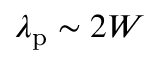
\lambda _ { \mathrm { p } } \sim 2 W